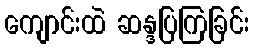
ကျောင်းထဲ ဆန္ဒပြကြခြင်း